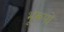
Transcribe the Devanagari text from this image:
भूरूपों